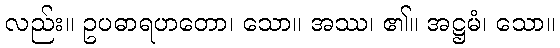
လည်း။ ဥပဓာရဟတော၊ သော။ အဿ၊ ၏။ အဋ္ဌမံ၊ သော။